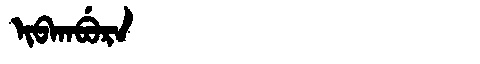
Manchu: ᡳᠪᡴᠠᠪᡠᡵᠠ
Romanization: IBKABURA